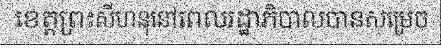
ខេត្តព្រះសីហនុនៅពេលរដ្ឋាភិបាលបានសម្រេច